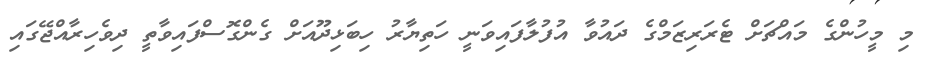
މި މީހުންގެ މައްޗަށް ޓެރަރިޒަމްގެ ދައުވާ އުފުލާފައިވަނީ ހަތިޔާރު ހިބަޅިދޫއަށް ގެންގޮސްފައިވާތީ ދިވެހިރާއްޖޭގައި